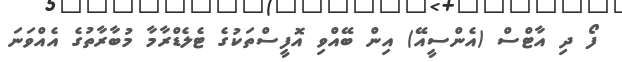
ފޯ ދި އާޓްސް (އެންސީއޭ) އިން ބޭއްވި އޮފީސްތަކުގެ ޓެލެޑްރާމާ މުބާރާތުގެ އެއްވަނަ